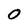
Character: 0